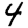
Digit: 4